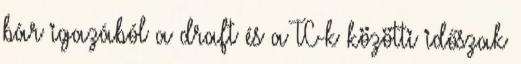
bár igazából a draft és a TC-k közötti időszak